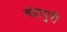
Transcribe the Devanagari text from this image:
चंद्रापुरी